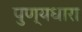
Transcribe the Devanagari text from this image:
पुण्यधारा